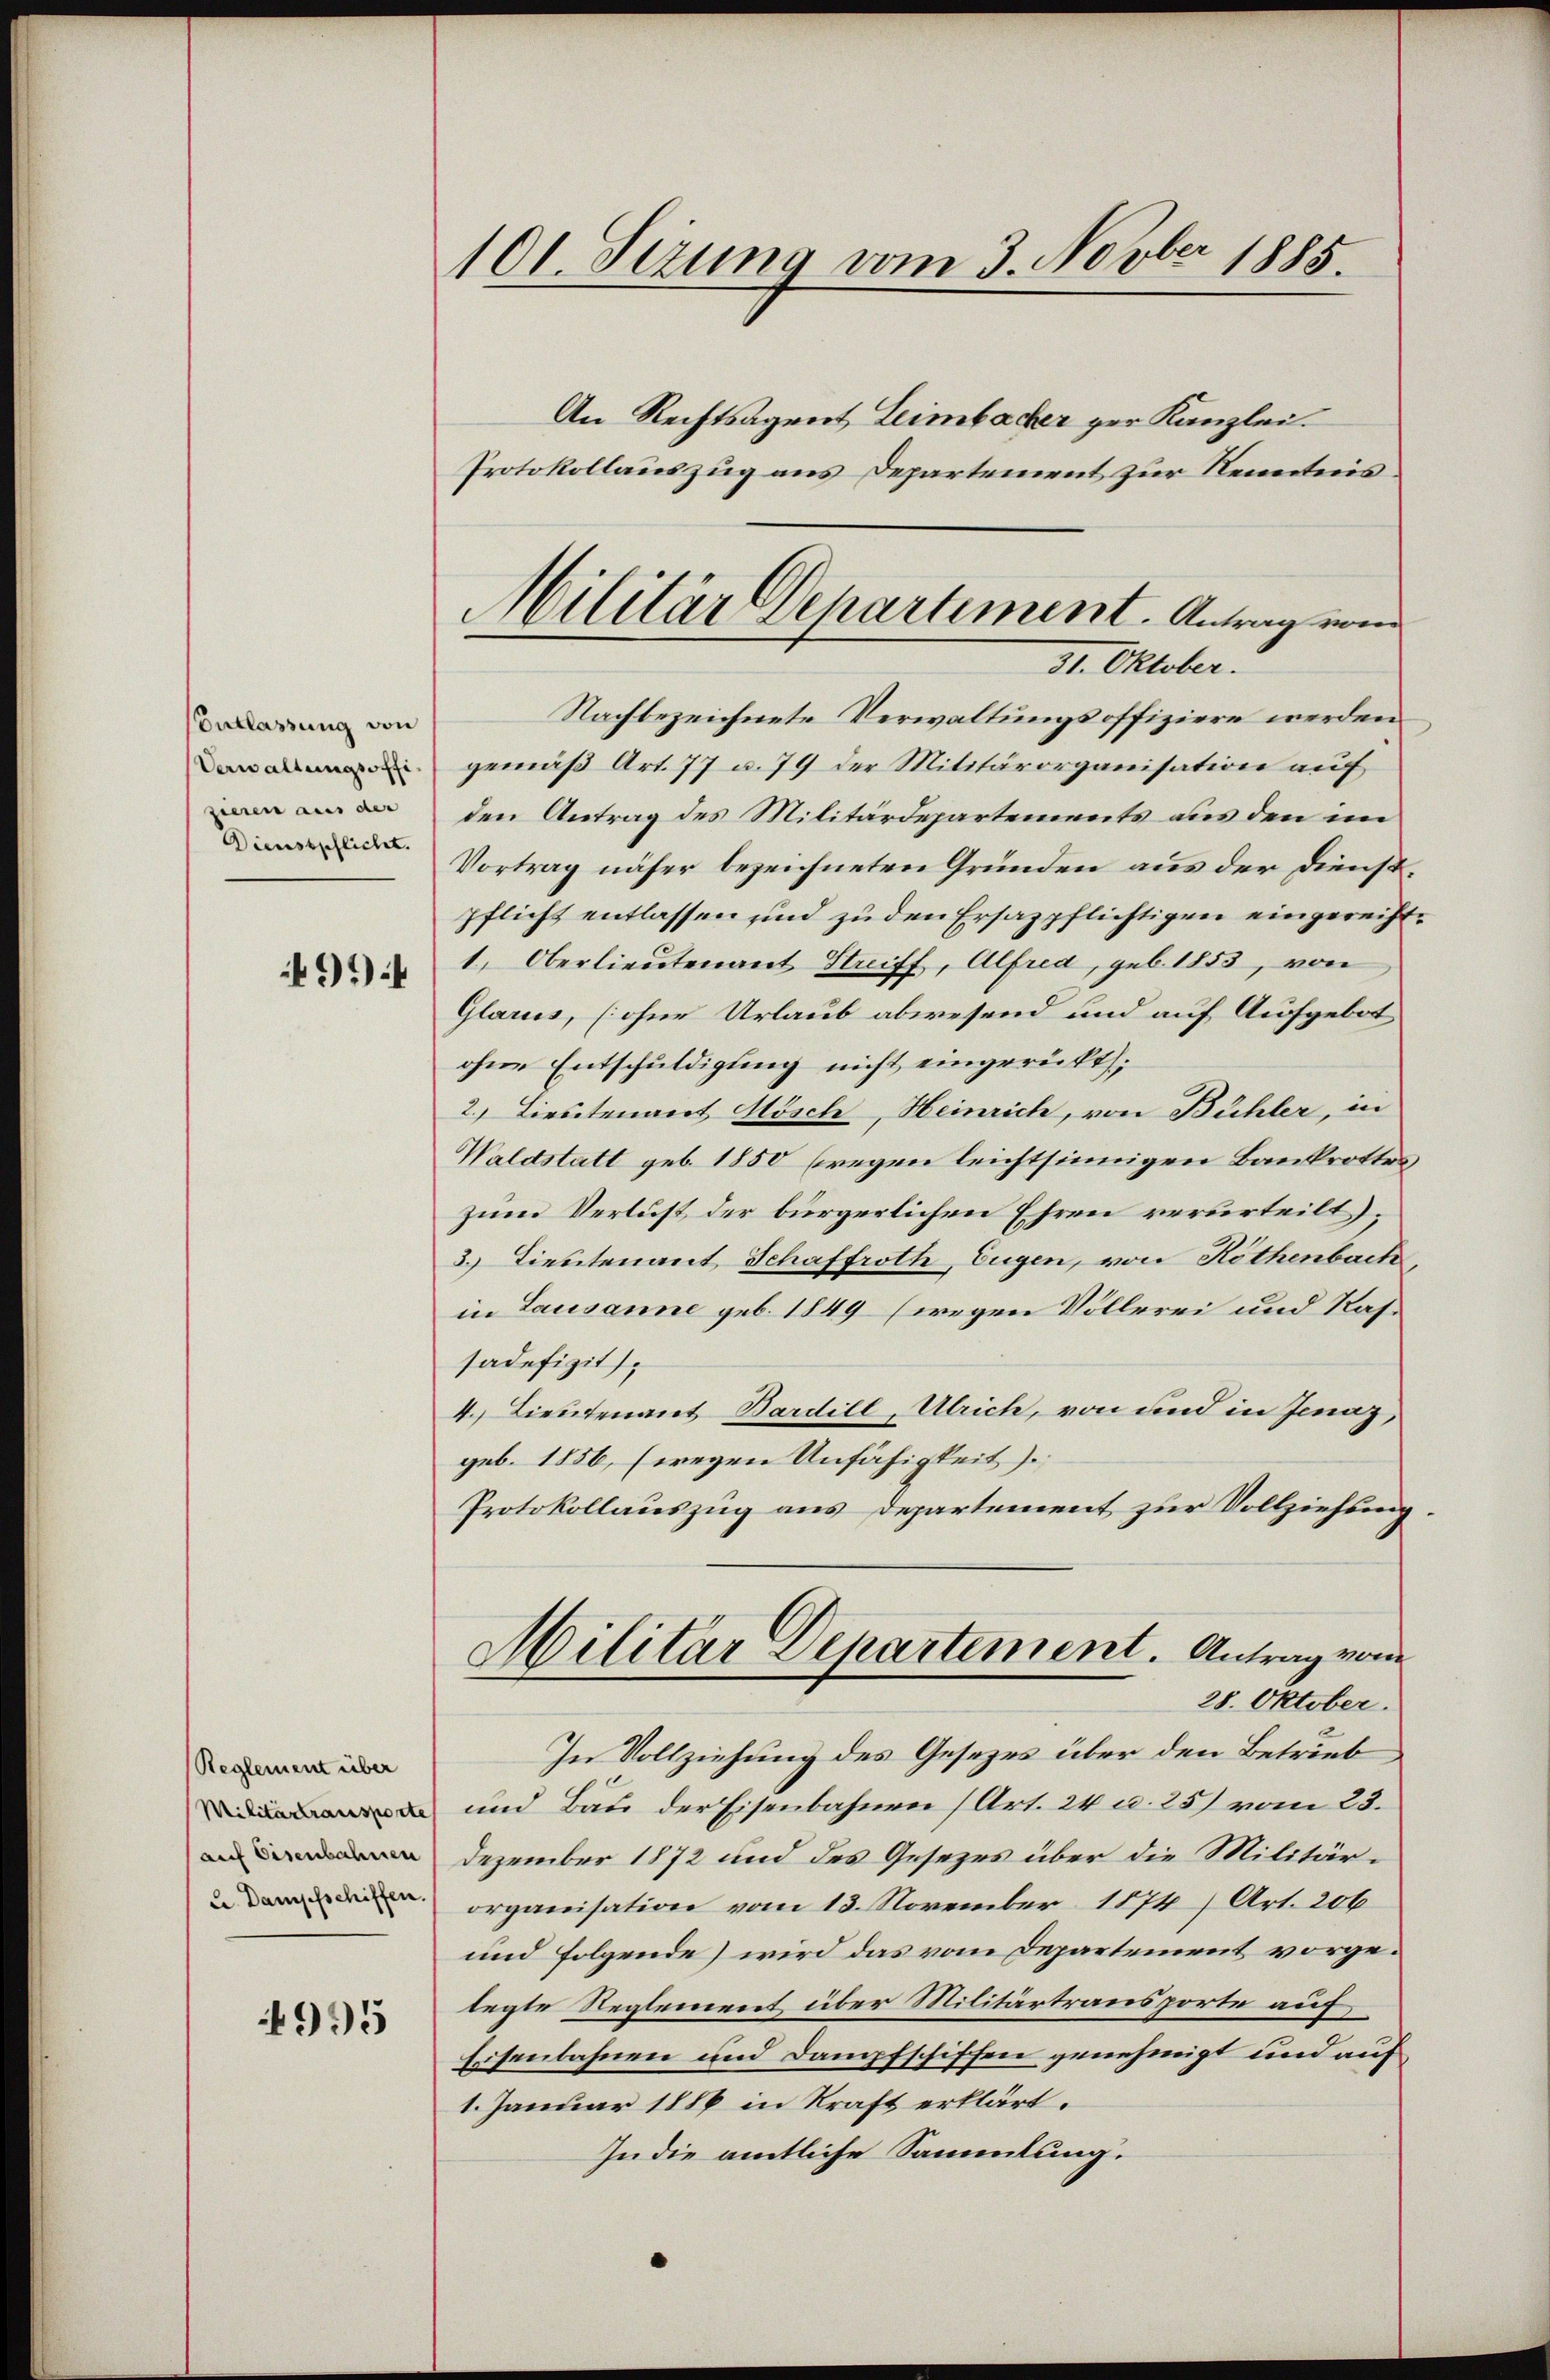
Entlassung von
Verwaltungsoffi
zieren aus der
Dienstpflicht.

491)

Reglement über
auf Eisenbahnen

4995

C
101. Sezung vom 3. Novber 1885.
An Rechtsagent Leimbacher zur Kanzlei.
Protokollauszug aus Departement zur Kenntnis

Militär Departiment. Antrag vom
31. Oktober.

Nachbezeichnete Verwaltungsoffiziere werden
gemäß Art. 77 u. 79 der Militärorganisation auf
den Antrag des Militärdepartements aus den im
Vortrag näher bezeichneten Gründen aus der Dienstpflicht entlassen und zu den Ersazpflichtigen eingerecht¬
1. Oberlieutenant Streiff, Alfred, geb. 1853, von
Glarus, (ohne Urlaub abwesend und auf Aufgebot
ohne Entschuldigung nicht eingerückt;
2.) Lieutenant Mösch, Heinrich, von Bühler, in
Waldstatt geb. 1850 (wegen leichtsinnigen Bankrottes
zum Verlust der bürgerlichen Ehren verurteilt;
3. Lieutenant Schaffroth, Eugen, von Rothenbach
in Lausanne geb. 1849 (wegen Vollerei und Ras.
sadefizit
4.) Lieutenant Bardill, Ulrich, von und in Jenaz,
geb. 1856, (wegen Unfähigkeit)
Protokollauszug aus Departement zur Vollziehung.
Militar Departement. Antrag von
28. Oktober.
In Vollziehung des Gesezes über den Betrieb
 und Bau der Eisenbahnen (Art. 24 u. 25) vom 23.
Dezember 1872 und des Gesezes über die Militär¬
 organisation vom 13. November 1874) Art. 206
und folgende) wird das vom Departement vorgelegte Reglement über Militärtransporte auf
Eisenbahnen und Dampfschiffen genehmigt und auf
1. Januar 1886 in Kraft erklärt.
In die amtliche Sammlung.